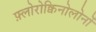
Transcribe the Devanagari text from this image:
फ़्लोरोक्विनोलोनों